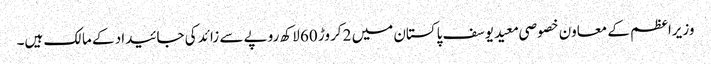
وزیراعظم کے معاون خصوصی معید یوسف پاکستان میں 2 کروڑ 60 لاکھ روپے سے زائد کی جائیداد کے مالک ہیں۔